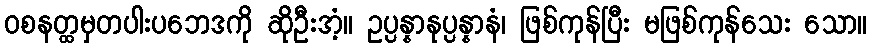
ဝစနတ္ထမှတပါးပဘေဒကို ဆိုဦးအံ့။ ဥပ္ပန္နာနုပ္ပန္နာနံ၊ ဖြစ်ကုန်ပြီး မဖြစ်ကုန်သေး သော။